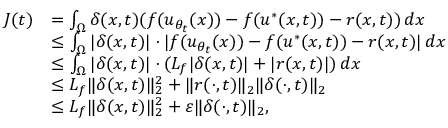
\begin{array} { r l } { J ( t ) } & { = \int _ { \Omega } \delta ( x , t ) ( f ( u _ { \theta _ { t } } ( x ) ) - f ( u ^ { * } ( x , t ) ) - r ( x , t ) ) \, d x } \\ & { \leq \int _ { \Omega } | \delta ( x , t ) | \cdot | f ( u _ { \theta _ { t } } ( x ) ) - f ( u ^ { * } ( x , t ) ) - r ( x , t ) | \, d x } \\ & { \leq \int _ { \Omega } | \delta ( x , t ) | \cdot ( L _ { f } | \delta ( x , t ) | + | r ( x , t ) | ) \, d x } \\ & { \leq L _ { f } \| \delta ( x , t ) \| _ { 2 } ^ { 2 } + \| r ( \cdot , t ) \| _ { 2 } \| \delta ( \cdot , t ) \| _ { 2 } } \\ & { \leq L _ { f } \| \delta ( x , t ) \| _ { 2 } ^ { 2 } + \varepsilon \| \delta ( \cdot , t ) \| _ { 2 } , } \end{array}